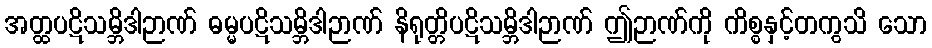
အတ္ထပဋိသမ္ဘိဒါဉာဏ် ဓမ္မပဋိသမ္ဘိဒါဉာဏ် နိရုတ္တိပဋိသမ္ဘိဒါဉာဏ် ဤဉာဏ်ကို ကိစ္စနှင့်တကွသိ သော